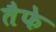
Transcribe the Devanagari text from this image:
तैफे